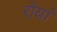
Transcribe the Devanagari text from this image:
रोयां